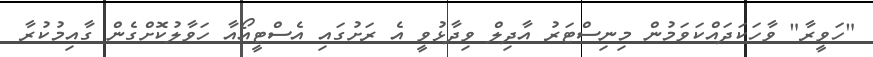
"ހަވީރާ" ވާހަކަދައްކަވަމުން މިނިސްޓަރު އާދިލް ވިދާޅުވީ އެ ރަށުގައި އެސްޓީއޯއާ ހަވާލުކޮށްގެން ގާއިމުކުރާ